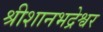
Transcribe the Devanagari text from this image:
श्रीशानभद्रेश्वर